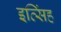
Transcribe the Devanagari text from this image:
इत्सिंह